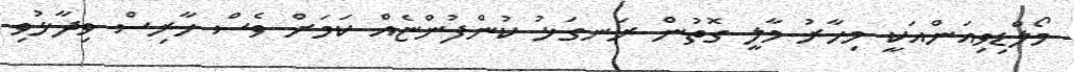
މޯލްޑިވިއަންއަކީ މިހާރު މާލީ ގޮތުން ރަނގަޅު ކުންފުންޏެއް ކަމަށް ވެސް ހާރިސް ވިދާޅުވި